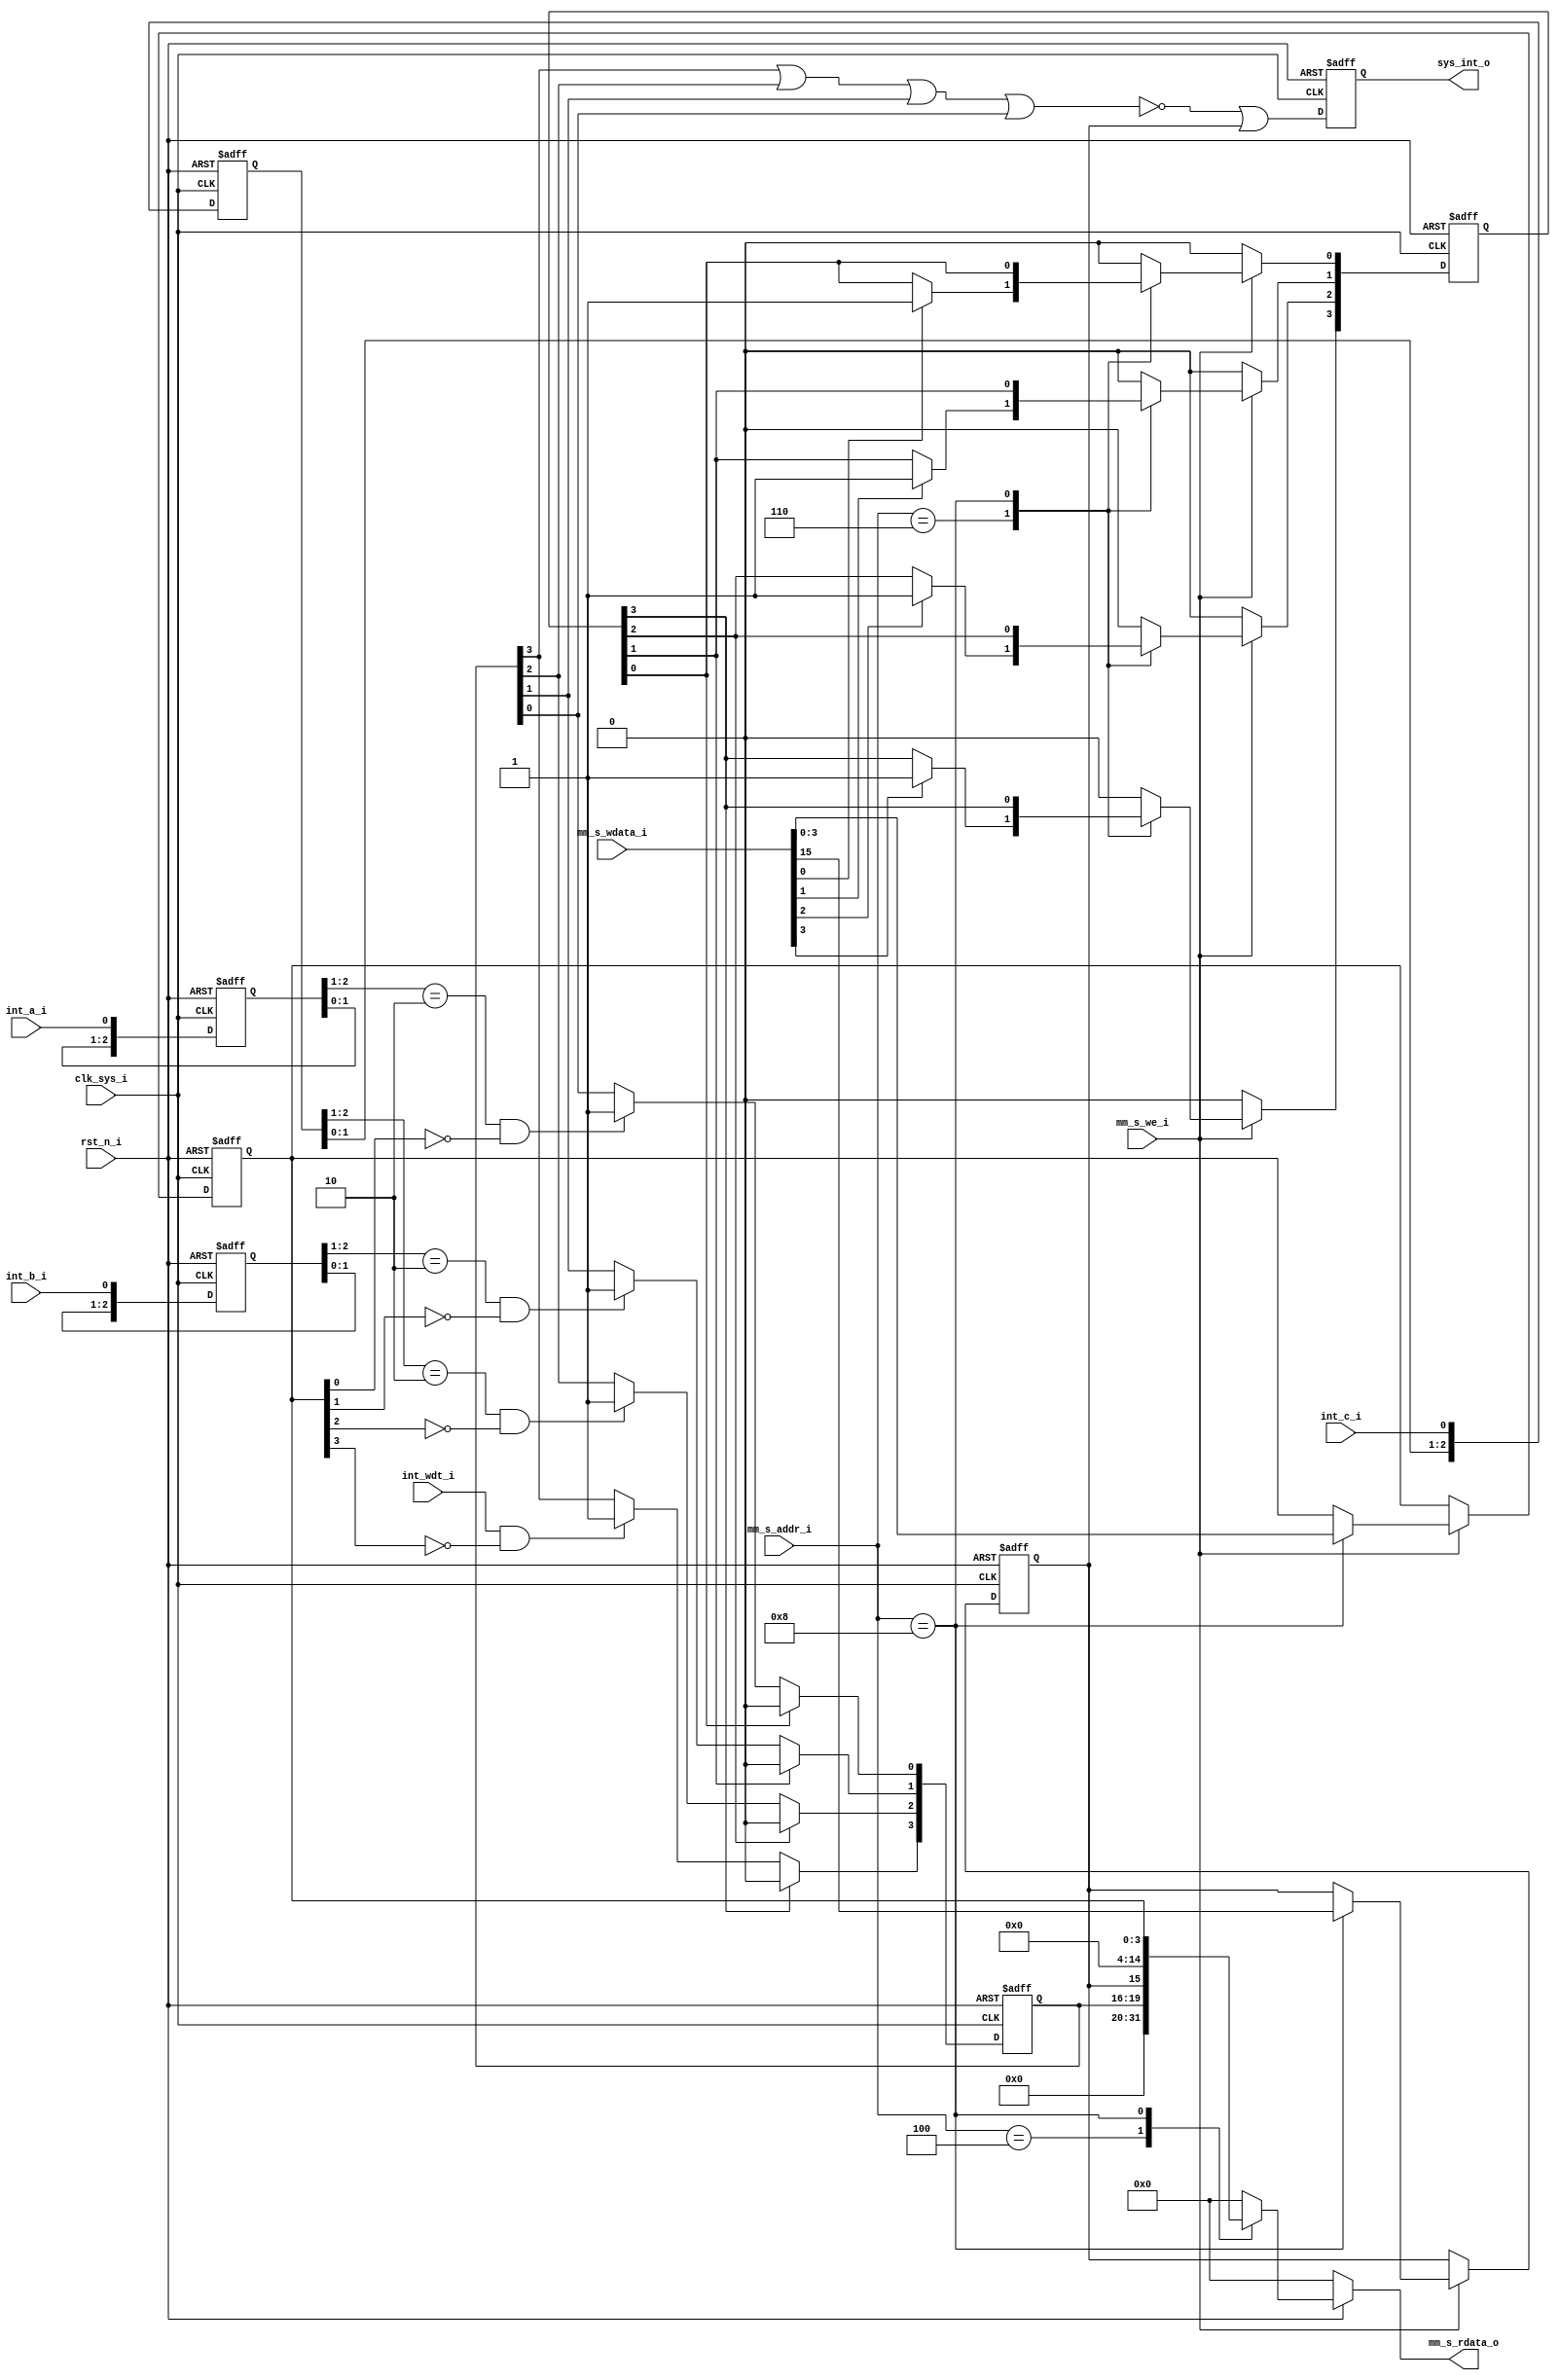
/*
 *  Interrupt Controller
 *
 *  Copyright (C) 2018, Xiaohai Li (haixiaolee@gmail.com), All Rights Reserved
 *  This program is lincensed under Apache-2.0/GPLv3 dual-license
 *
 *  This program is distributed in the hope that it will be useful,
 *  but WITHOUT ANY WARRANTY; without even the implied warranty of
 *  MERCHANTABILITY or FITNESS FOR A PARTICULAR PURPOSE.  See the
 *  Apache-2.0 License and GNU General Public License for more details.
 *
 *  You may obtain a copy of Apache-2.0 License at
 *
 *  http://www.apache.org/licenses/LICENSE-2.0
 * 
 *  And GPLv3 License at
 *
 *  http://www.gnu.org/licenses
 *
 */

module int_ctrl(
// Global Clock and Reset
clk_sys_i,
rst_n_i,

// Memory Mapped Bus Slave Interface
mm_s_addr_i,
mm_s_wdata_i,
mm_s_rdata_o,
mm_s_we_i,

// Interrupt Signals
int_a_i, 
int_b_i, 
int_c_i, 
int_wdt_i,
sys_int_o
);

/***************************************************
 Interrupt Controller Parameters
***************************************************/
parameter MM_ADDR_WIDTH = 8;
parameter MM_DATA_WIDTH = 16;
// S1: Interrupt Controller
parameter REG_ADDR_INT_PND = 'h04;
parameter REG_ADDR_INT_CLR = 'h06;
parameter REG_ADDR_INT_MSK = 'h08;

//---------- Global Clock and Reset -----------
input clk_sys_i, rst_n_i;

//---------- Master Interface Signals -----------
// Address and Data Bus
input[MM_ADDR_WIDTH-1:0] mm_s_addr_i;
input[MM_DATA_WIDTH-1:0] mm_s_wdata_i;
output[MM_DATA_WIDTH-1:0] mm_s_rdata_o;
// Bus Control
input mm_s_we_i;

//---------- Interrupt Signals -----------
input int_a_i, int_b_i, int_c_i, int_wdt_i;
output sys_int_o;

//---------- Internal Regs & Wires -----------
reg[3:0] int_pnd_reg, int_clr_reg, int_msk_reg;
reg ie_msk_reg;
reg[MM_DATA_WIDTH-1:0] mm_s_rdata_o; 
reg[2:0] sync_int_a, sync_int_b, sync_int_c;
reg sys_int_o;

/***************************************************
 Interrupt Controller Functions
***************************************************/
// MM Write Function
always @(posedge clk_sys_i, negedge rst_n_i)
begin
	if(!rst_n_i) begin
		int_clr_reg <= 4'b0000;
		int_msk_reg <= 4'b1111;
		ie_msk_reg <= 1'b1;
	end
	else begin
		if(mm_s_we_i) begin
			case(mm_s_addr_i)				
				REG_ADDR_INT_CLR:
					begin
						int_clr_reg[0] <= mm_s_wdata_i[0] ? 1'b1 : int_clr_reg[0];	
						int_clr_reg[1] <= mm_s_wdata_i[1] ? 1'b1 : int_clr_reg[1];	
						int_clr_reg[2] <= mm_s_wdata_i[2] ? 1'b1 : int_clr_reg[2];	
						int_clr_reg[3] <= mm_s_wdata_i[3] ? 1'b1 : int_clr_reg[3];
					end					
				REG_ADDR_INT_MSK:
					begin
						ie_msk_reg <= mm_s_wdata_i[15];
						int_msk_reg <= mm_s_wdata_i[3:0];
					end					
				default:
					begin
						int_clr_reg <= 4'b0000;
						int_msk_reg <= int_msk_reg;
						ie_msk_reg <= ie_msk_reg;
					end
			endcase
		end
		else begin
			int_clr_reg <= 4'b0000;
			int_msk_reg <= int_msk_reg;
			ie_msk_reg <= ie_msk_reg;
		end
	end
end

// MM Read Function
always @(mm_s_addr_i, int_pnd_reg, ie_msk_reg, int_msk_reg, rst_n_i)
begin
	if(!rst_n_i) begin
		mm_s_rdata_o <= 0;
	end
	else begin
		case(mm_s_addr_i)
			REG_ADDR_INT_PND:
				mm_s_rdata_o <= {12'h0, int_pnd_reg[3:0]};
			REG_ADDR_INT_MSK:
				mm_s_rdata_o <= {ie_msk_reg, 11'h0, int_msk_reg[3:0]};
			default:
				mm_s_rdata_o <= 0;
		endcase
	end
end

// Input Sync and Edge Detection
always @(posedge clk_sys_i, negedge rst_n_i)
begin
	if(!rst_n_i) begin
		sync_int_a <= 3'b111;
		sync_int_b <= 3'b111;
		sync_int_c <= 3'b111;
	end
	else begin		
		sync_int_a <= {sync_int_a[1], sync_int_a[0], int_a_i};
		sync_int_b <= {sync_int_b[1], sync_int_b[0], int_b_i};
		sync_int_c <= {sync_int_c[1], sync_int_c[0], int_c_i};
	end
end

// Interrupt Pending Fill-in
always @(posedge clk_sys_i, negedge rst_n_i)
begin
	if(!rst_n_i) begin
		int_pnd_reg <= 4'b0000;
	end
	else begin
		if(int_clr_reg[0])
			int_pnd_reg[0] <= 1'b0;
		else
			int_pnd_reg[0] <= (({sync_int_a[2], sync_int_a[1]} == 2'b10) && (int_msk_reg[0] == 1'b0)) ? 1'b1 : int_pnd_reg[0];
			
		if(int_clr_reg[1])
			int_pnd_reg[1] <= 1'b0;
		else
			int_pnd_reg[1] <= (({sync_int_b[2], sync_int_b[1]} == 2'b10) && (int_msk_reg[1] == 1'b0)) ? 1'b1 : int_pnd_reg[1];
		
		if(int_clr_reg[2])
			int_pnd_reg[2] <= 1'b0;
		else
			int_pnd_reg[2] <= (({sync_int_c[2], sync_int_c[1]} == 2'b10) && (int_msk_reg[2] == 1'b0)) ? 1'b1 : int_pnd_reg[2];
		
		if(int_clr_reg[3])
			int_pnd_reg[3] <= 1'b0;
		else
			int_pnd_reg[3] <= ((int_wdt_i == 1'b1) && (int_msk_reg[3] == 1'b0)) ? 1'b1 : int_pnd_reg[3];			
	end
end

// System Interrupt Output Logic
always @(posedge clk_sys_i, negedge rst_n_i)
begin
	if(!rst_n_i) begin
		sys_int_o <= 1'b1;
	end
	else begin
		sys_int_o <= (~(int_pnd_reg[3] | int_pnd_reg[2] | int_pnd_reg[1] | int_pnd_reg[0])) | ie_msk_reg;
	end
end


endmodule